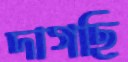
দাগছি